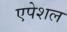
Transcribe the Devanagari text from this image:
एपेशल